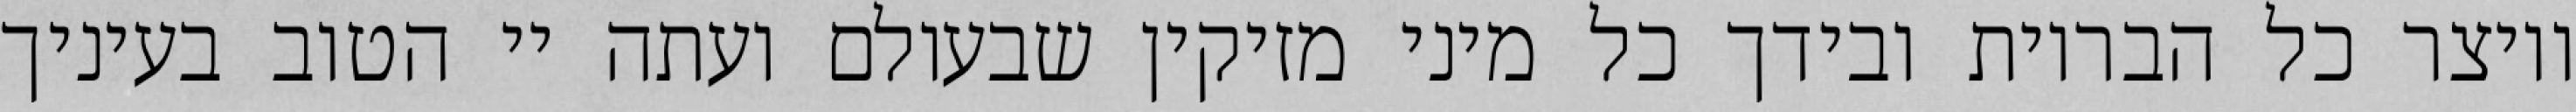
ויוצר כל הבריות ובידך כל מיני מזיקין שבעולם ועתה יי הטוב בעיניך